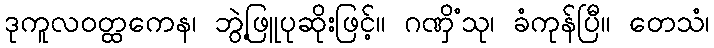
ဒုကူလဝတ္ထကေန၊ ဘွဲ့ဖြူပုဆိုးဖြင့်။ ဂဏှိံသု၊ ခံကုန်ပြီ။ တေသံ၊